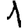
Digit: 1